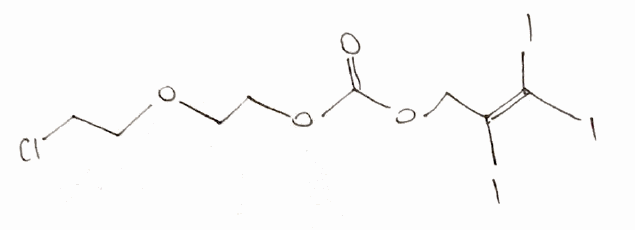
Simplified molecular-input line-entry system (SMILES) notation of the given molecule:
C(COC(=O)OCC(=C(I)I)I)OCCCl